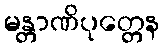
မန္တာဏိပုတ္တေန